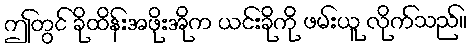
ဤတွင် ခိုထိန်းအဖိုးအိုက ယင်းခိုကို ဖမ်းယူ လိုက်သည်။